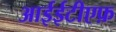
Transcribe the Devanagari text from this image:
आईईटीएफ़